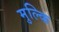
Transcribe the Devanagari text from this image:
मुल्कि